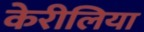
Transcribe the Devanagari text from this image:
केरीलिया